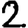
Digit: 2